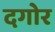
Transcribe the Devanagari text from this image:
दगोर